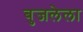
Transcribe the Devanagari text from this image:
बुजलेला